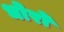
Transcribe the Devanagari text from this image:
धोरो